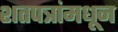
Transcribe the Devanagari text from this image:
शतपत्रांमधून